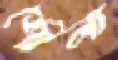
শৌলা